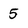
Character: 5